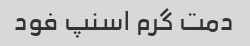
دمت گرم اسنپ فود